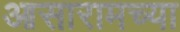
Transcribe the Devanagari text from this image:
आसारामच्या